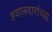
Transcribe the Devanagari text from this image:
हवालदारांच्या